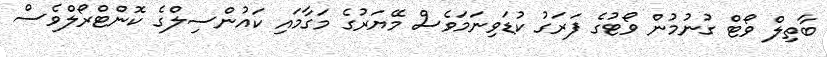
ބާތިލް ވޯޓް ގުނުމުން ވޯޓުގެ ފަރަގު ކުޑަވިނަމަވެސް މޭޔަރުގެ މަގާމައި ކައުންސިލްގެ ކޮންޓްރޯލްވެސް